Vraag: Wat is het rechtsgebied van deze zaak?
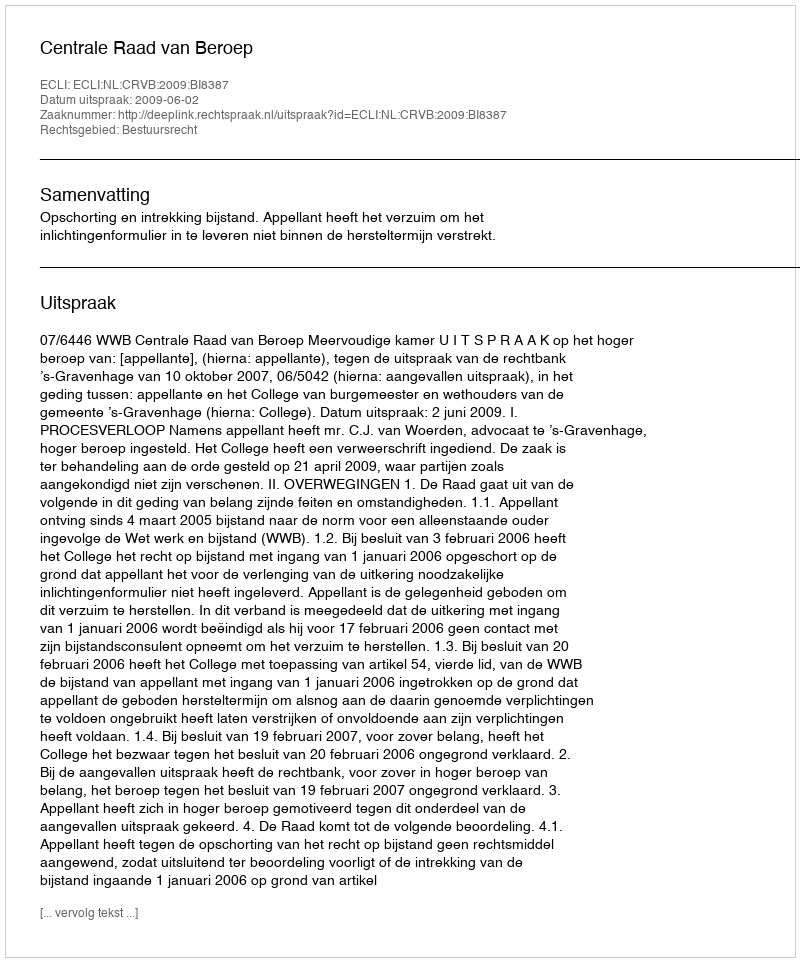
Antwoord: Bestuursrecht